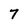
Character: 7